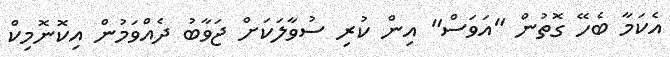
އެކަމާ ބެހޭ ގޮތުން "އަވަސް" އިން ކުރި ސުވާލަކަށް ޖަވާބު ދެއްވަމުން އިކޮނޮމިކް